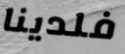
فلدينا